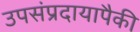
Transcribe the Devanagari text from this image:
उपसंप्रदायापैकी